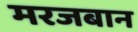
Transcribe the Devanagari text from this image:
मरजबान